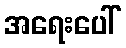
အရေးပေါ်